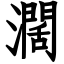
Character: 濶